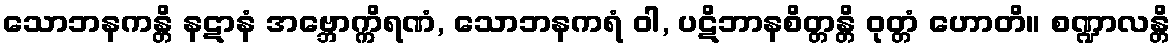
သောဘနကန္တိ နဋာနံ အဗ္ဘောက္ကိရဏံ, သောဘနကရံ ဝါ, ပဋိဘာနစိတ္တန္တိ ဝုတ္တံ ဟောတိ။ စဏ္ဍာလန္တိ